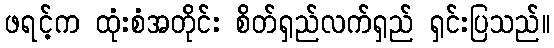
ဖရင့်က ထုံးစံအတိုင်း စိတ်ရှည်လက်ရှည် ရှင်းပြသည်။